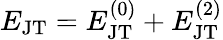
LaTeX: E_{\mathrm{JT}}=E_{\mathrm{JT}}^{(0)}+E_{\mathrm{JT}}^{(2)}